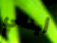
أبنائي